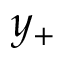
y _ { + }